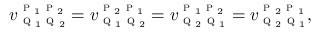
v _ { \textsc { q } _ { 1 } \textsc { q } _ { 2 } } ^ { \textsc { p } _ { 1 } \textsc { p } _ { 2 } } = v _ { \textsc { q } _ { 1 } \textsc { q } _ { 2 } } ^ { \textsc { p } _ { 2 } \textsc { p } _ { 1 } } = v _ { \textsc { q } _ { 2 } \textsc { q } _ { 1 } } ^ { \textsc { p } _ { 1 } \textsc { p } _ { 2 } } = v _ { \textsc { q } _ { 2 } \textsc { q } _ { 1 } } ^ { \textsc { p } _ { 2 } \textsc { p } _ { 1 } } ,